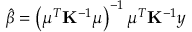
\hat { \beta } = \left( \boldsymbol { \mu } ^ { T } \mathbf { K } ^ { - 1 } \boldsymbol { \mu } \right) ^ { - 1 } \boldsymbol { \mu } ^ { T } \mathbf { K } ^ { - 1 } \boldsymbol { y }